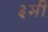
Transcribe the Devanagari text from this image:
३मी